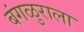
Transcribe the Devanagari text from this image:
बंगळुराला